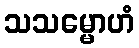
သသမ္မောဟံ